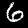
Label: 6